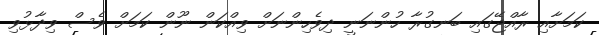
ކަމަށާއި ރާއްޖޭގައި ބަނގުރާ ހުންނަނީ ދިވެހިންނަށް ވިއްކަން ނޫން ކަމަށް ވެސް ވިދާޅުވި